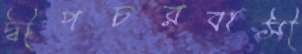
দ্বীপচরবাসী